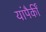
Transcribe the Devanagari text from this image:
यांपैकीं